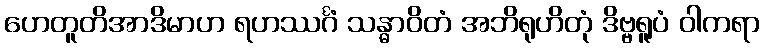
ဟေတူတိအာဒိမာဟ ရဟဿင်္ဂံ သန္ဓာဝိတံ အဘိရုဟိတုံ ဒိဗ္ဗရူပံ ဝါကရာ